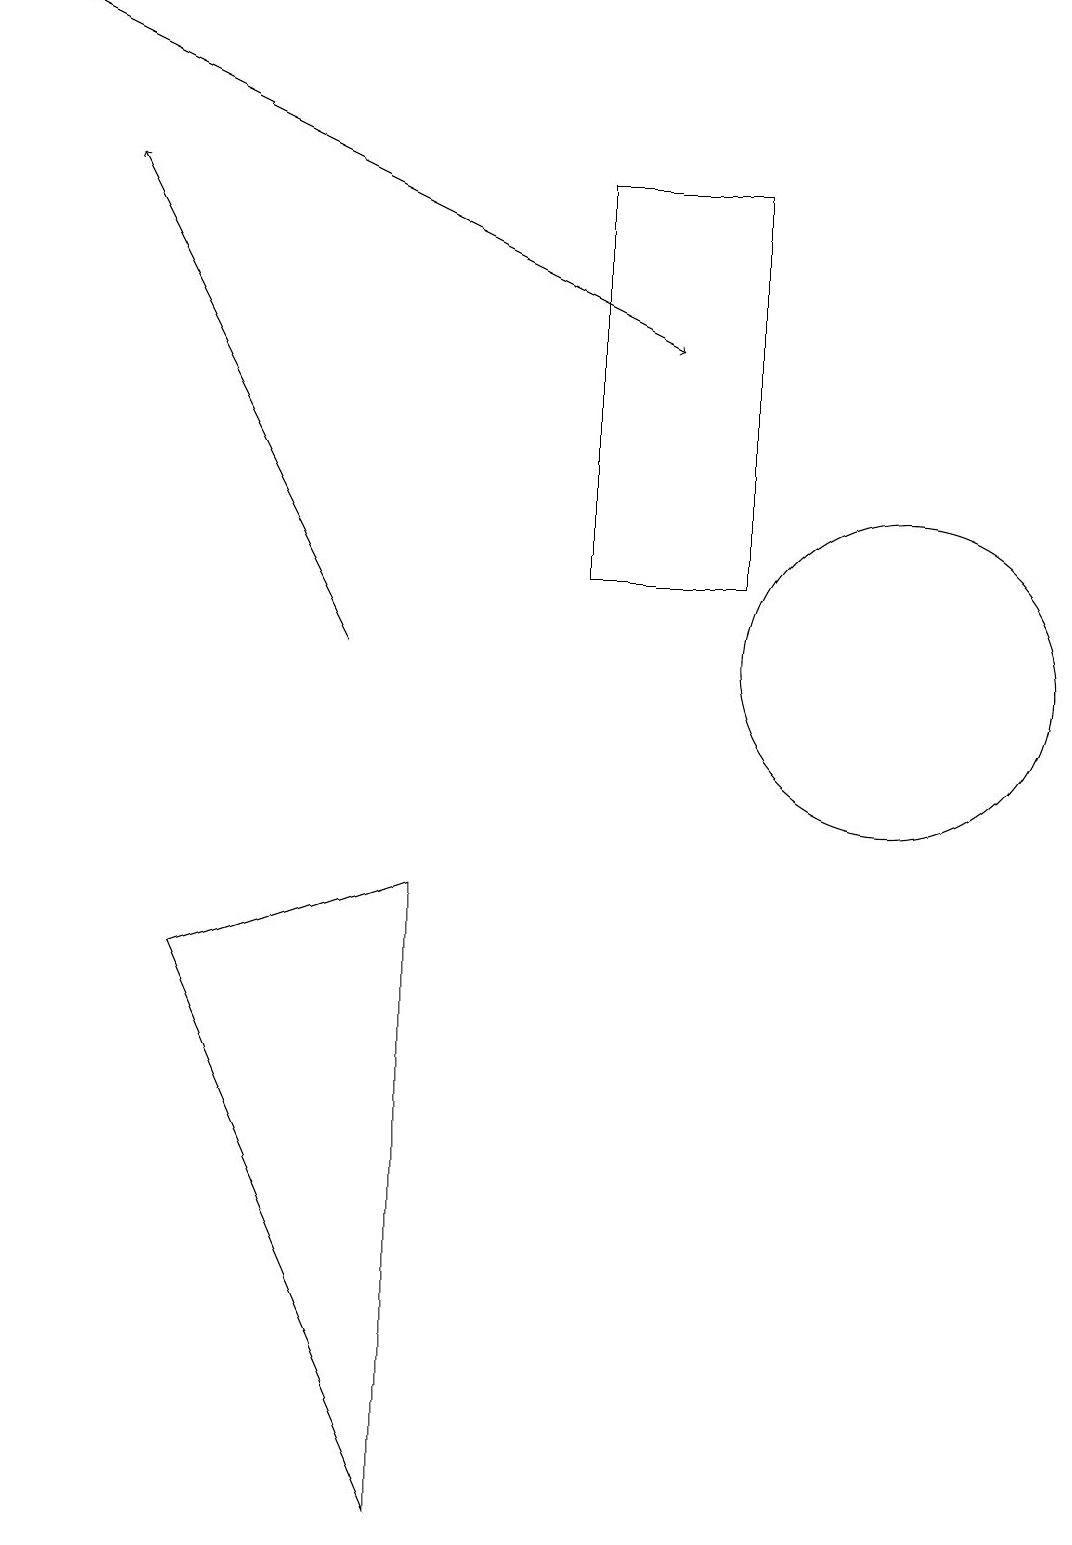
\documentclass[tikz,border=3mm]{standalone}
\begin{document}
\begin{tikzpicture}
\draw[->] (0,19) -- (8,15);
\draw (5,8) -- (5,0) -- (2,7) -- cycle;
\draw (9,12) rectangle (7,17);
\draw[->] (4,11) -- (1,17);
\draw (11,11) circle (2);
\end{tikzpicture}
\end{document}